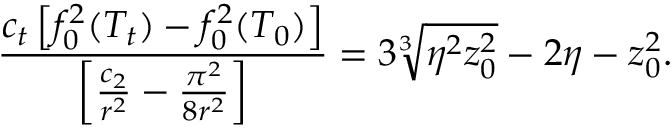
\frac { c _ { t } \left[ f _ { 0 } ^ { 2 } ( T _ { t } ) - f _ { 0 } ^ { 2 } ( T _ { 0 } ) \right] } { \left[ \frac { c _ { 2 } } { r ^ { 2 } } - \frac { \pi ^ { 2 } } { 8 r ^ { 2 } } \right] } = 3 \sqrt [ 3 ] { \eta ^ { 2 } z _ { 0 } ^ { 2 } } - 2 \eta - z _ { 0 } ^ { 2 } .